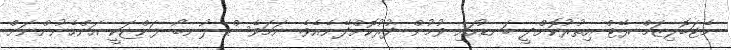
މެޓަބޮލިޒަމް ރޭޓް އިތުރުކޮށްދީ ބަނޑުހައި ވުމުން ދުރުކޮށްދޭނެއެވެ. ނަމަވެސް ލުނބޯ ފަންޏަކީ އަންހެނުންނަށް